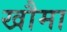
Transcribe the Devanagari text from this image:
खौमा